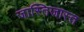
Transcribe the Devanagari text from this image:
जास्तिजास्त